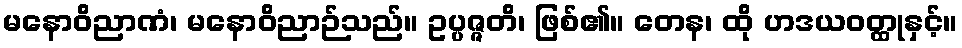
မနောဝိညာဏံ၊ မနောဝိညာဉ်သည်။ ဥပ္ပဇ္ဇတိ၊ ဖြစ်၏။ တေန၊ ထို ဟဒယဝတ္ထုနှင့်။